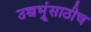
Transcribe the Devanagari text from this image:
उच्चभ्रूंसाठीच